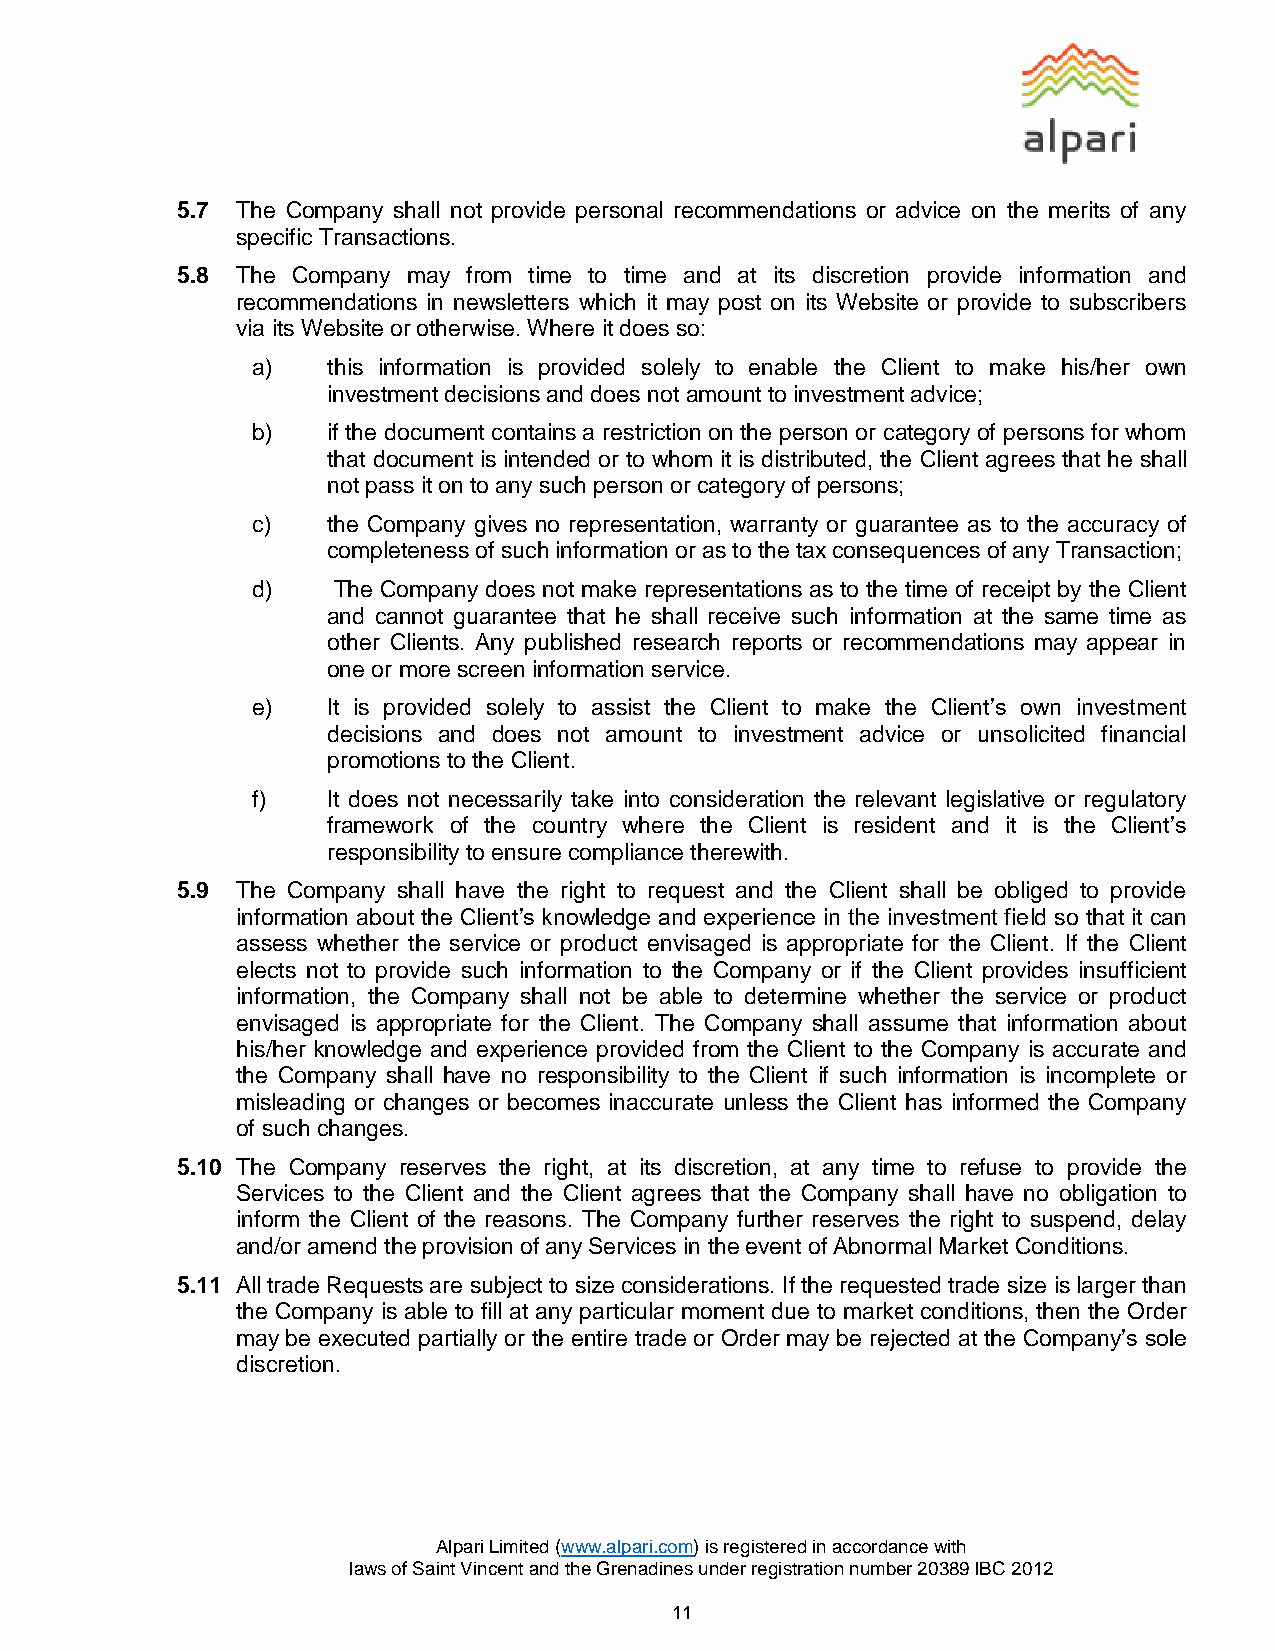
5.7 The Company shall not provide personal recommendations or advice on the merits of any
 specific Transactions.
 5.8 The Company may from time to time and at its discretion provide information and
 recommendations in newsletters which it may post on its Website or provide to subscribers
 via its Website or otherwise. Where it does so:
 a)   this information is provided solely to enable the Client to make his/her own
 investment decisions and does not amount to investment advice;
 b)   if the document contains a restriction on the person or category of persons for whom
 that document is intended or to whom it is distributed, the Client agrees that he shall
 not pass it on to any such person or category of persons;
 c)   the Company gives no representation, warranty or guarantee as to the accuracy of
 completeness of such information or as to the tax consequences of any Transaction;
 d)   The Company does not make representations as to the time of receipt by the Client
 and cannot guarantee that he shall receive such information at the same time as
 other Clients. Any published research reports or recommendations may appear in
 one or more screen information service.
 e)   It is provided solely to assist the Client to make the Client’s own investment
 decisions and does not amount to investment advice or unsolicited financial
 promotions to the Client.
 f)   It does not necessarily take into consideration the relevant legislative or regulatory
 framework of the country where the Client is resident and it is the Client’s
 responsibility to ensure compliance therewith.
 5.9 The Company shall have the right to request and the Client shall be obliged to provide
 information about the Client’s knowledge and experience in the investment field so that it can
 assess whether the service or product envisaged is appropriate for the Client. If the Client
 elects not to provide such information to the Company or if the Client provides insufficient
 information, the Company shall not be able to determine whether the service or product
 envisaged is appropriate for the Client. The Company shall assume that information about
 his/her knowledge and experience provided from the Client to the Company is accurate and
 the Company shall have no responsibility to the Client if such information is incomplete or
 misleading or changes or becomes inaccurate unless the Client has informed the Company
 of such changes.
 5.10 The Company reserves the right, at its discretion, at any time to refuse to provide the
 Services to the Client and the Client agrees that the Company shall have no obligation to
 inform the Client of the reasons. The Company further reserves the right to suspend, delay
 and/or amend the provision of any Services in the event of Abnormal Market Conditions.
 5.11 All trade Requests are subject to size considerations. If the requested trade size is larger than
 the Company is able to fill at any particular moment due to market conditions, then the Order
 may be executed partially or the entire trade or Order may be rejected at the Company’s sole
 discretion.
 Alpari Limited (www.alpari.com) is registered in accordance with
 laws of Saint Vincent and the Grenadines under registration number 20389 IBC 2012
 11